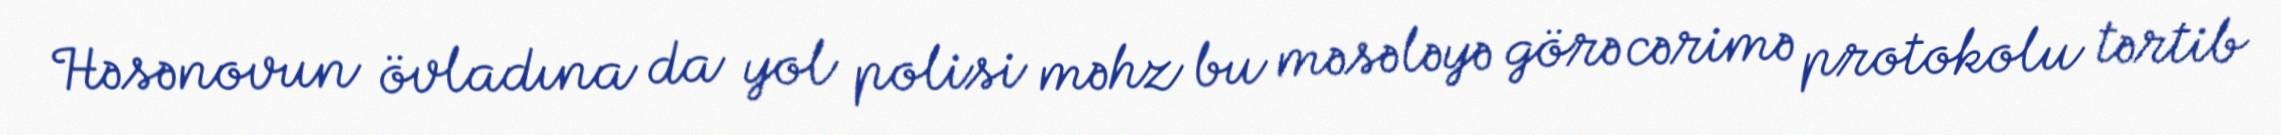
Həsənovun övladına da yol polisi məhz bu məsələyə görə cərimə protokolu tərtib